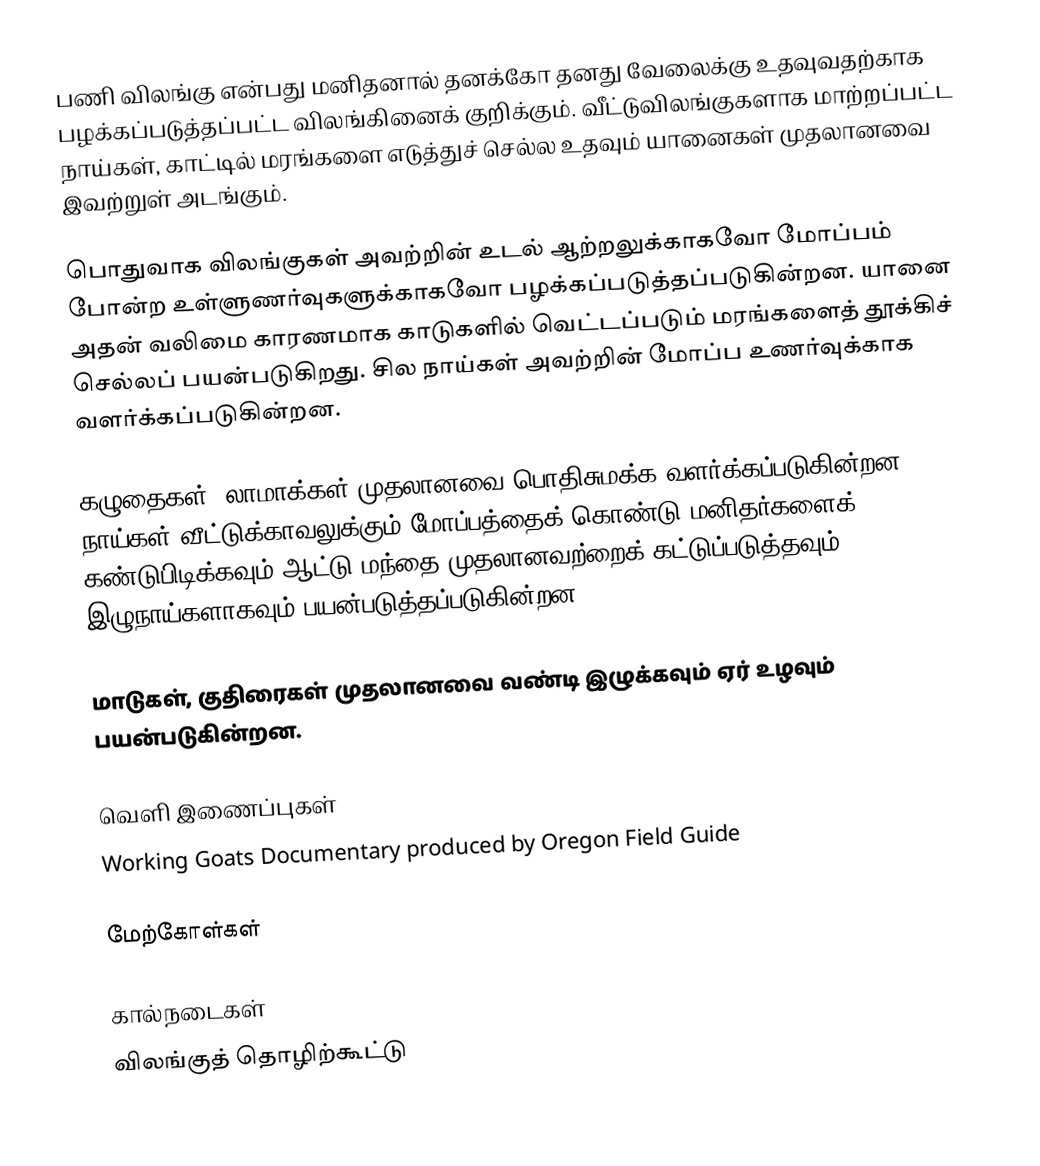
பணி விலங்கு என்பது மனிதனால் தனக்கோ தனது வேலைக்கு உதவுவதற்காக பழக்கப்படுத்தப்பட்ட விலங்கினைக் குறிக்கும். வீட்டுவிலங்குகளாக மாற்றப்பட்ட நாய்கள், காட்டில் மரங்களை எடுத்துச் செல்ல உதவும் யானைகள் முதலானவை இவற்றுள் அடங்கும்.

பொதுவாக விலங்குகள் அவற்றின் உடல் ஆற்றலுக்காகவோ மோப்பம் போன்ற உள்ளுணர்வுகளுக்காகவோ பழக்கப்படுத்தப்படுகின்றன. யானை அதன் வலிமை காரணமாக காடுகளில் வெட்டப்படும் மரங்களைத் தூக்கிச் செல்லப் பயன்படுகிறது. சில நாய்கள் அவற்றின் மோப்ப உணர்வுக்காக வளர்க்கப்படுகின்றன.

கழுதைகள், லாமாக்கள் முதலானவை பொதிசுமக்க வளர்க்கப்படுகின்றன. நாய்கள் வீட்டுக்காவலுக்கும் மோப்பத்தைக் கொண்டு மனிதர்களைக் கண்டுபிடிக்கவும் ஆட்டு மந்தை முதலானவற்றைக் கட்டுப்படுத்தவும் இழுநாய்களாகவும் பயன்படுத்தப்படுகின்றன.

மாடுகள், குதிரைகள் முதலானவை வண்டி இழுக்கவும் ஏர் உழவும் பயன்படுகின்றன.

வெளி இணைப்புகள்
 Working Goats   Documentary produced by Oregon Field Guide

மேற்கோள்கள்

கால்நடைகள்
விலங்குத் தொழிற்கூட்டு